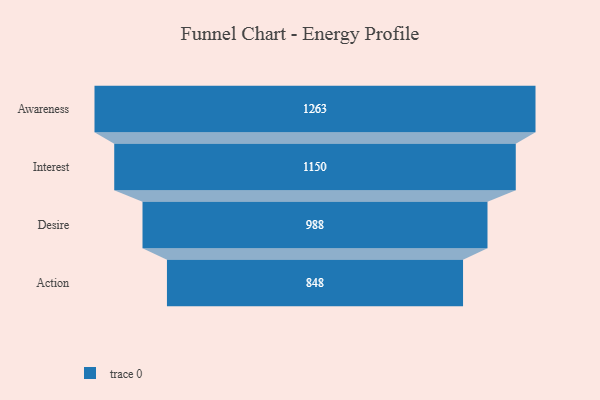
{"axis": {"x": "Stage", "y": "Value"}, "legend": [""], "data": [{"x": "Awareness", "y": 1263.0, "type": ""}, {"x": "Interest", "y": 1150.0, "type": ""}, {"x": "Desire", "y": 988.0, "type": ""}, {"x": "Action", "y": 848.0, "type": ""}]}